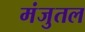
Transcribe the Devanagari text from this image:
मंजुतल